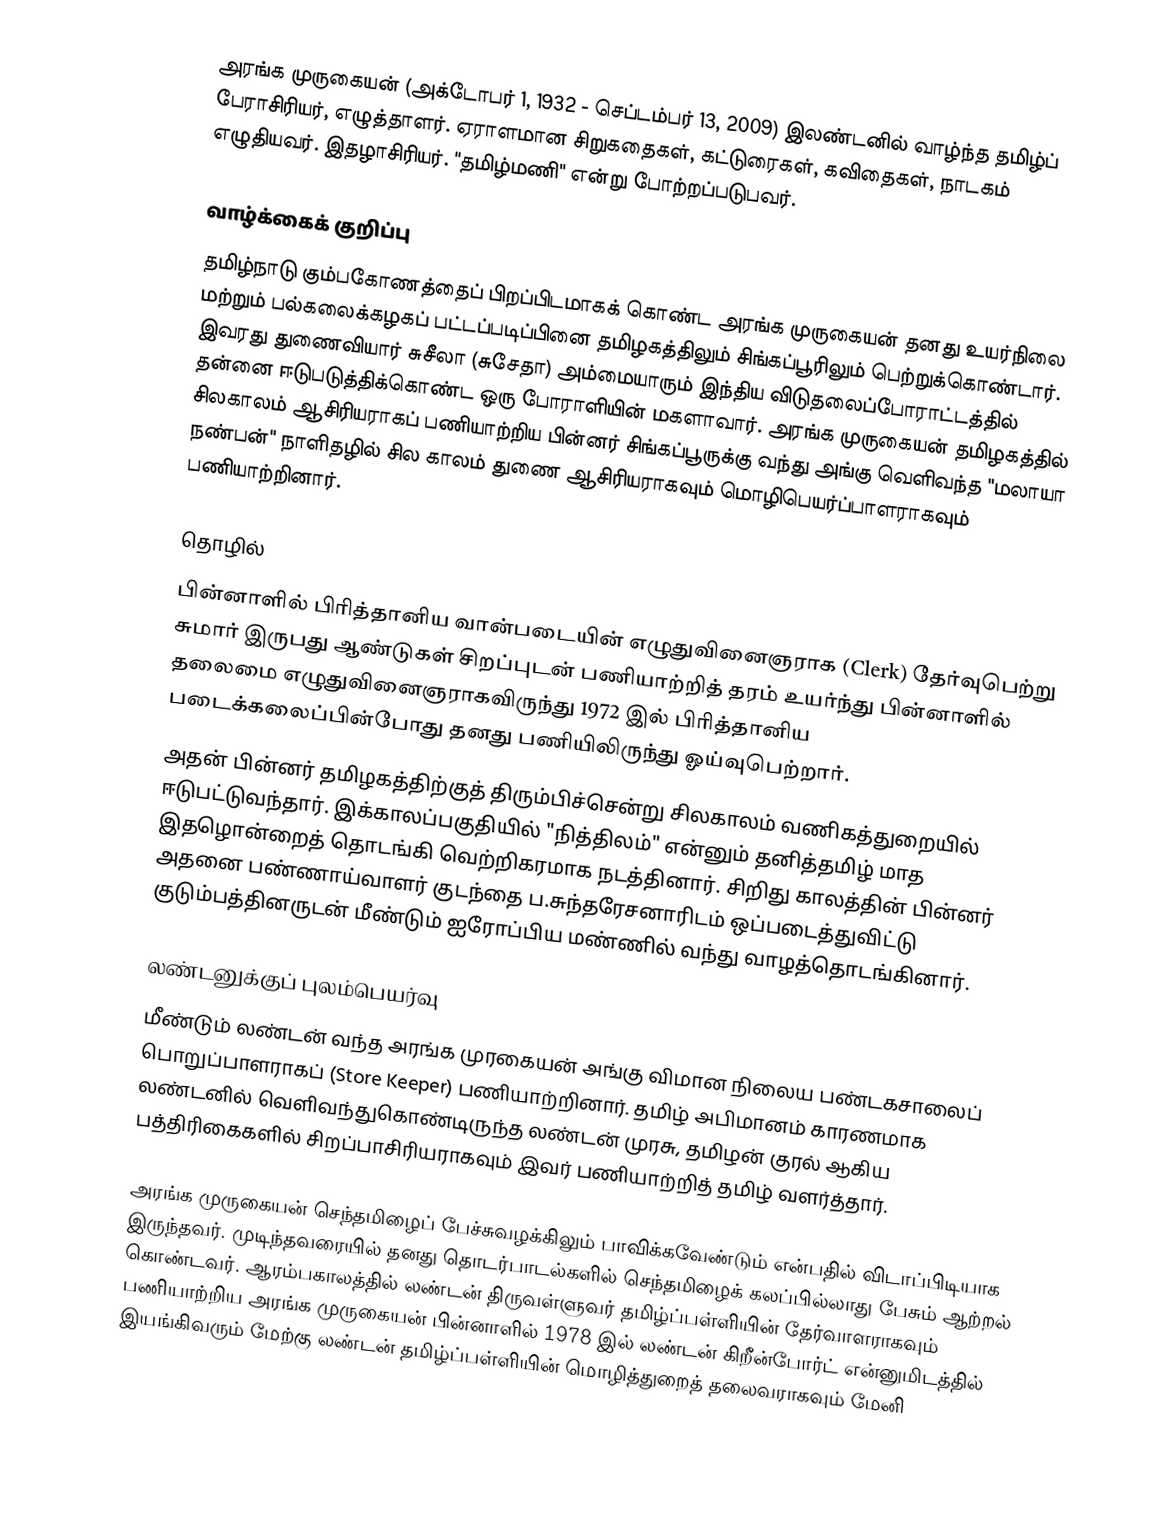
அரங்க முருகையன் (அக்டோபர் 1, 1932 - செப்டம்பர் 13, 2009) இலண்டனில் வாழ்ந்த தமிழ்ப் பேராசிரியர், எழுத்தாளர். ஏராளமான சிறுகதைகள், கட்டுரைகள், கவிதைகள், நாடகம் எழுதியவர். இதழாசிரியர். "தமிழ்மணி" என்று போற்றப்படுபவர்.

வாழ்க்கைக் குறிப்பு
தமிழ்நாடு கும்பகோணத்தைப் பிறப்பிடமாகக் கொண்ட அரங்க முருகையன் தனது உயர்நிலை மற்றும் பல்கலைக்கழகப் பட்டப்படிப்பினை தமிழகத்திலும் சிங்கப்பூரிலும் பெற்றுக்கொண்டார். இவரது துணைவியார் சுசீலா (சுசேதா) அம்மையாரும் இந்திய விடுதலைப்போராட்டத்தில் தன்னை ஈடுபடுத்திக்கொண்ட ஒரு போராளியின் மகளாவார். அரங்க முருகையன் தமிழகத்தில் சிலகாலம் ஆசிரியராகப் பணியாற்றிய பின்னர் சிங்கப்பூருக்கு வந்து அங்கு வெளிவந்த "மலாயா நண்பன்" நாளிதழில் சில காலம் துணை ஆசிரியராகவும் மொழிபெயர்ப்பாளராகவும் பணியாற்றினார்.

தொழில்
பின்னாளில் பிரித்தானிய வான்படையின் எழுதுவினைஞராக (Clerk) தேர்வுபெற்று சுமார் இருபது ஆண்டுகள் சிறப்புடன் பணியாற்றித் தரம் உயர்ந்து பின்னாளில் தலைமை எழுதுவினைஞராகவிருந்து 1972 இல் பிரித்தானிய படைக்கலைப்பின்போது தனது பணியிலிருந்து ஓய்வுபெற்றார்.
அதன் பின்னர் தமிழகத்திற்குத் திரும்பிச்சென்று சிலகாலம் வணிகத்துறையில் ஈடுபட்டுவந்தார். இக்காலப்பகுதியில் "நித்திலம்" என்னும் தனித்தமிழ் மாத இதழொன்றைத் தொடங்கி வெற்றிகரமாக நடத்தினார். சிறிது காலத்தின் பின்னர் அதனை பண்ணாய்வாளர் குடந்தை ப.சுந்தரேசனாரிடம் ஒப்படைத்துவிட்டு குடும்பத்தினருடன் மீண்டும் ஐரோப்பிய மண்ணில் வந்து வாழத்தொடங்கினார்.

லண்டனுக்குப் புலம்பெயர்வு
மீண்டும் லண்டன் வந்த அரங்க முரகையன் அங்கு விமான நிலைய பண்டகசாலைப் பொறுப்பாளராகப் (Store Keeper) பணியாற்றினார். தமிழ் அபிமானம் காரணமாக லண்டனில் வெளிவந்துகொண்டிருந்த லண்டன் முரசு, தமிழன் குரல் ஆகிய பத்திரிகைகளில் சிறப்பாசிரியராகவும் இவர் பணியாற்றித் தமிழ் வளர்த்தார்.

அரங்க முருகையன் செந்தமிழைப் பேச்சுவழக்கிலும் பாவிக்கவேண்டும் என்பதில் விடாப்பிடியாக இருந்தவர். முடிந்தவரையில் தனது தொடர்பாடல்களில் செந்தமிழைக் கலப்பில்லாது பேசும் ஆற்றல் கொண்டவர். ஆரம்பகாலத்தில் லண்டன் திருவள்ளுவர் தமிழ்ப்பள்ளியின் தேர்வாளராகவும் பணியாற்றிய அரங்க முருகையன் பின்னாளில் 1978 இல் லண்டன் கிறீன்போர்ட் என்னுமிடத்தில் இயங்கிவரும் மேற்கு லண்டன் தமிழ்ப்பள்ளியின் மொழித்துறைத் தலைவராகவும் மேனி